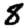
Digit: 8